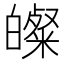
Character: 𭽢